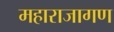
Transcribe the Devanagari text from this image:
महाराजागण